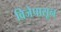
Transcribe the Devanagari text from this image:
विजेपासून